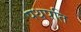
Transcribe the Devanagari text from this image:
पथपति